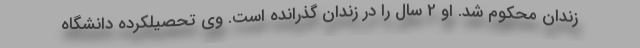
زندان محکوم شد. او 2 سال را در زندان گذرانده است. وی تحصیلکرده دانشگاه